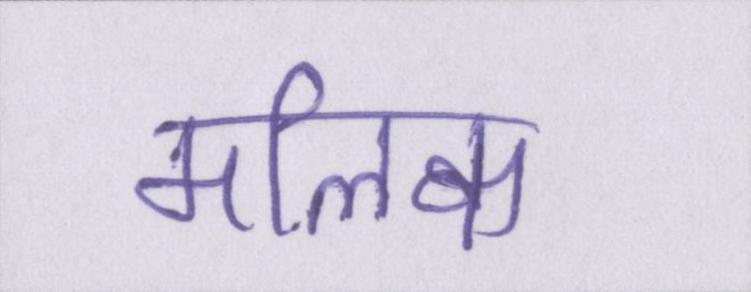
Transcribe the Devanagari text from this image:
मलिक